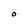
Character: O